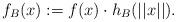
LaTeX: \begin{align*} f_B(x):=f(x)\cdot h_B(||x||).\end{align*}